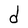
Character: d